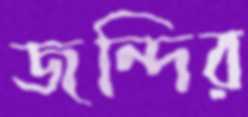
জন্দির